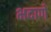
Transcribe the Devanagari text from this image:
भदाणे